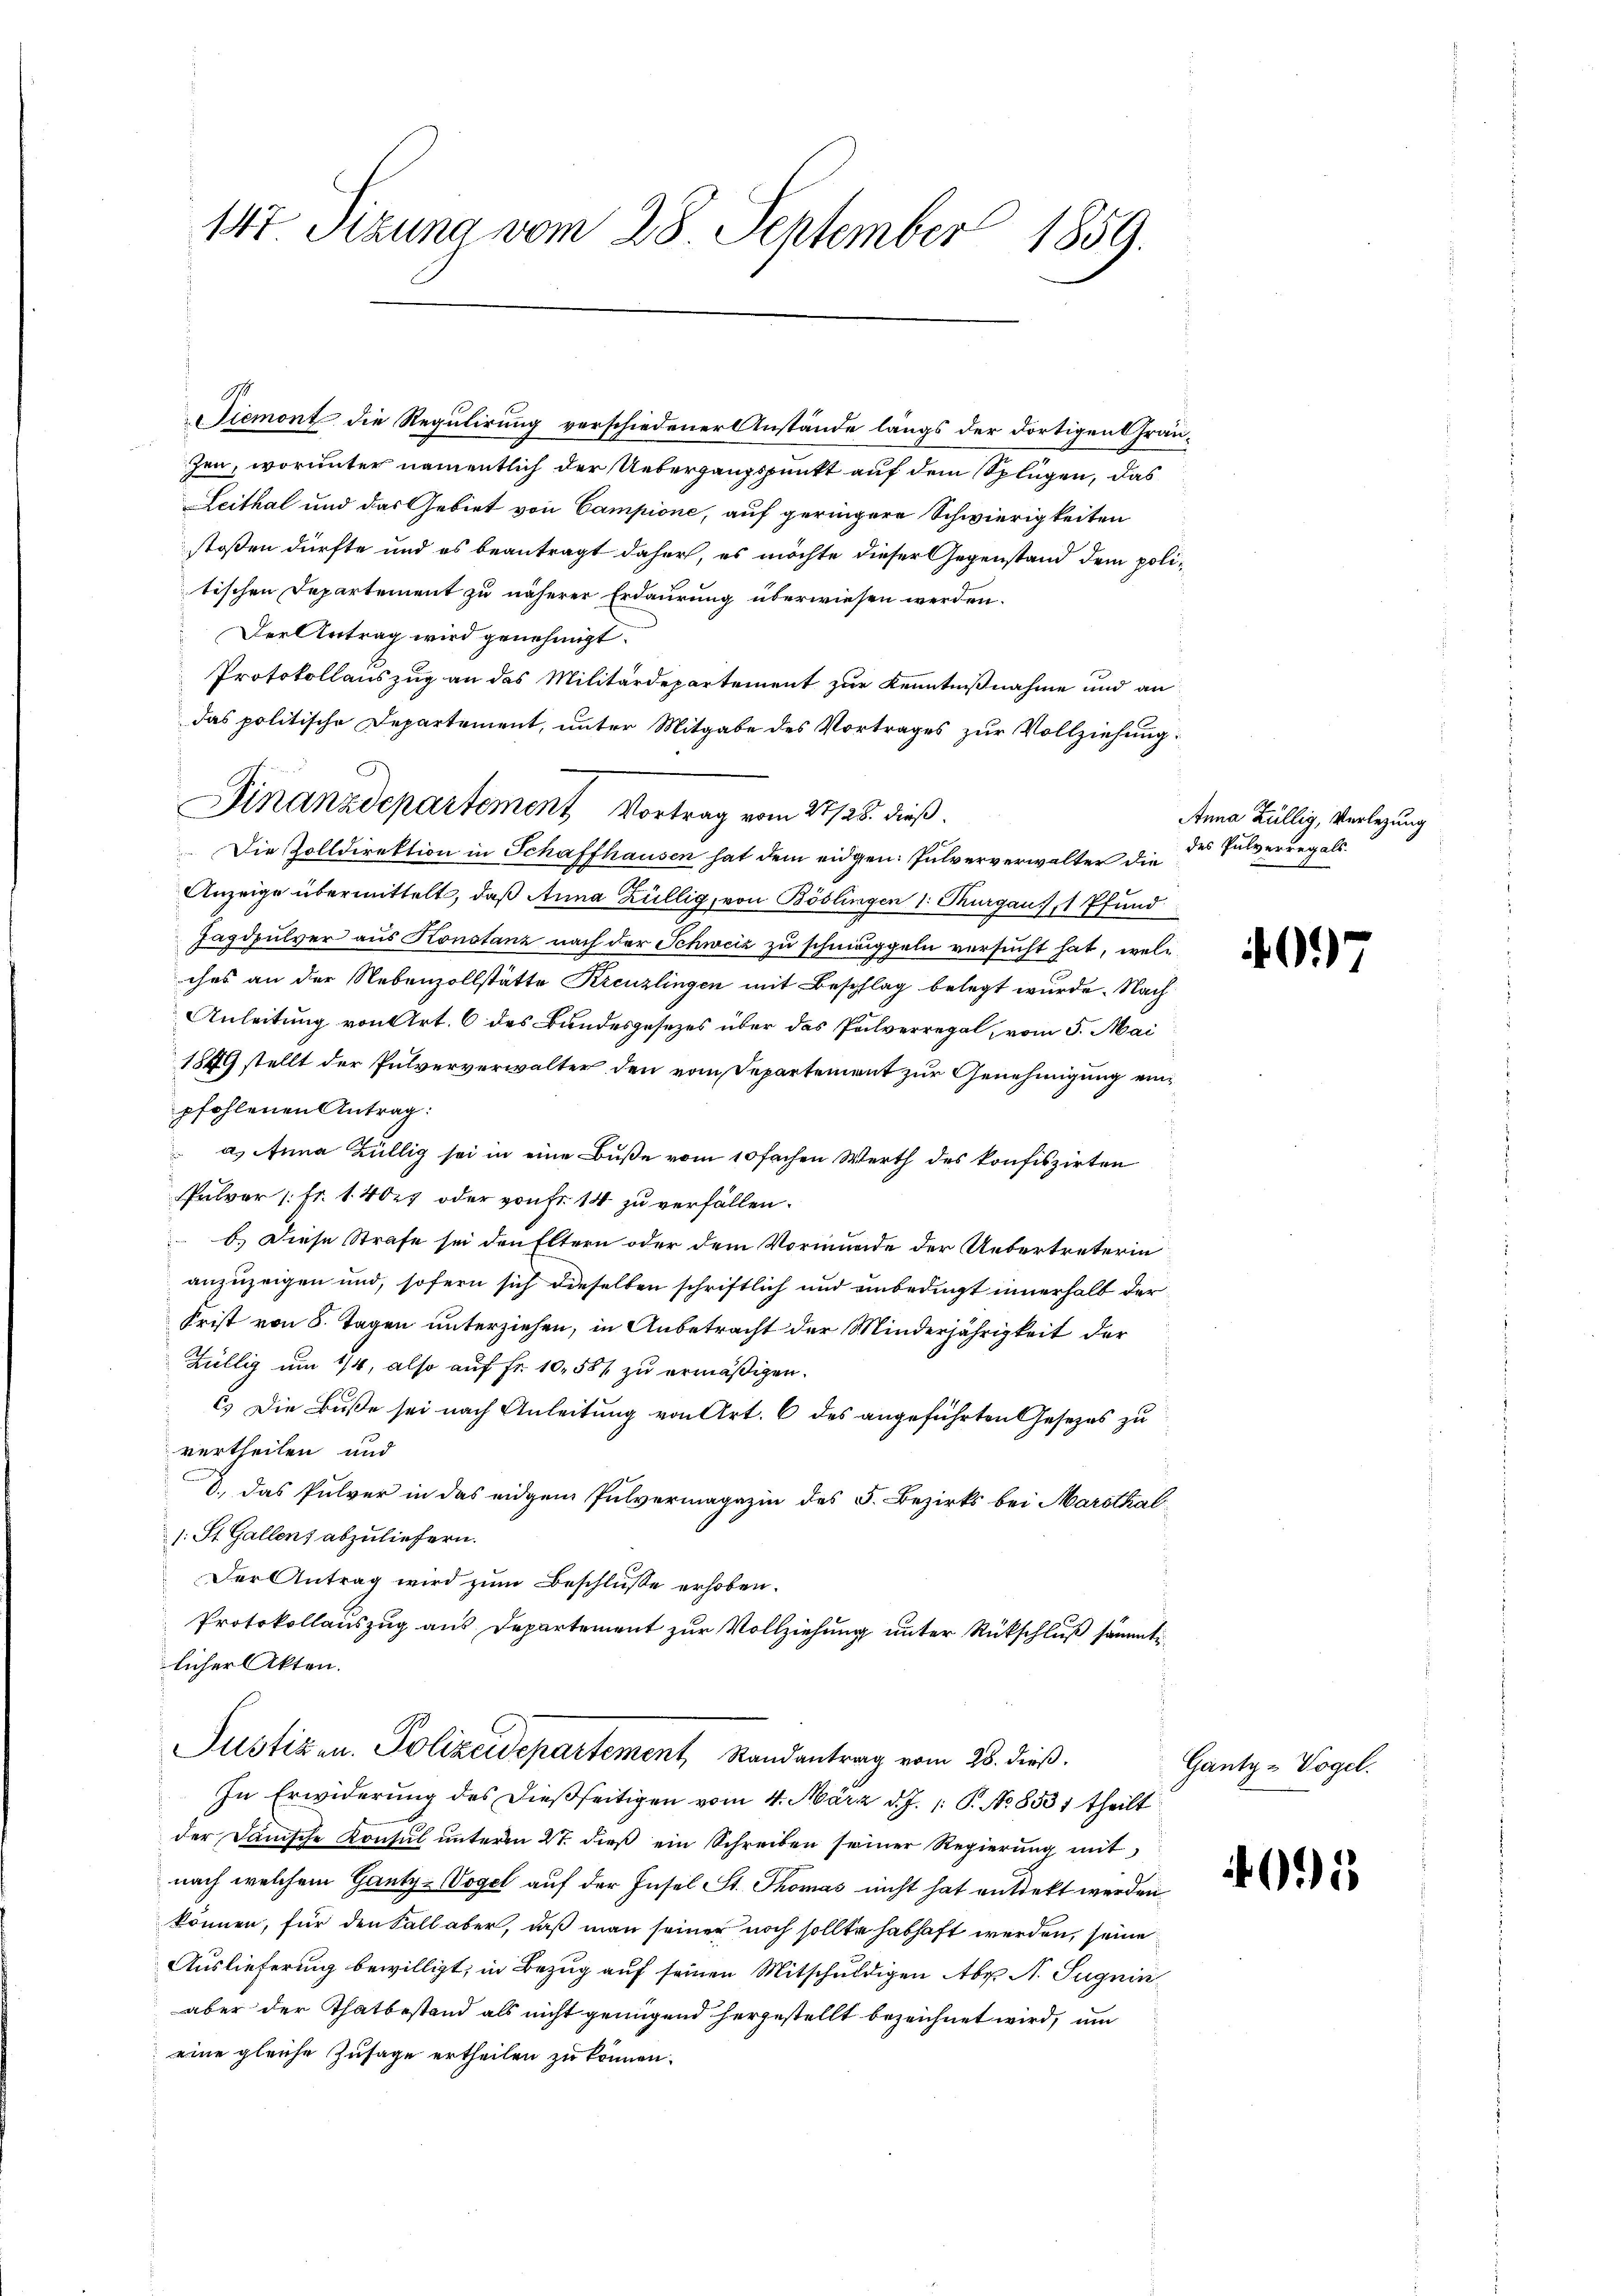
147. Sizung vom 28. September 1859.

Siemont die Regulirung verschiedener Anstände längs der dortigen Gränhen, worunter namentlich der Uebergangspunkt auf dem Splügen, das
Leithal und das Gebiet von Campione, auf geringere Schwierigkeiten
stoßen dürfte und es beantragt daher, es möchte dieser Gegenstand dem politischen Departement zu näherer Erdaurung überwiesen werden.
Der Antrag wird genehmigt.
Protokollauszug an das Militärdepartement zur Kenntnißnahme und an
das politische Departement, unter Mitgabe des Vortrages zur Vollziehung:
Finanzdepartement Vortrag vom 27/26. dieß
Die Zolldirektion in Schaffhausen hat dem eidgen: Pulververwalter die
Anzeige übermittelt, daß Anna Zillig, von Böslingen 1. Thurgau, 1 Pfund
Jagdpulver aus Konstanz nach der Schweiz zu schmäppeln versucht hat, welches an der Nebenzollstätte Kreuzlingen mit Beschlag belegt wurde. Nach
Anleitung von Art. 6 des Bundesgesezes über das Pulverregal, vom 5. Mai
1849 stellt der Pulververwalter den vom Departement zur Genehmigung einpfohlenen Antrag:
a. Anna Züllig sei in eine Buße vom 10 fachen Werth des konfiszirten
Pulver 1 Fr. 14027 oder von Fr. 14 zu verfällen.
 b.) Diese Strafe sei den Eltern oder dem Vormunde der Uebertreterin
anzuzeigen und, sofern sich dieselben schriftlich und unbedingt innerhalb der
Frist von 8. Tagen unterziehen, in Anbetracht der Minderjährigkeit der
Züllig um 1/4, also auf Fr. 10,50% zu ermäßigen.
c) Die Buße sei nach Anleitung von Art. 6 des angeführten Gesezes zu
vertheilen und
D. Das Pulver in das eidgen Pulvermagazin des 5. Bezirks bei Marsthal
s: St. Gallen, abzuliefern.
Der Antrag wird zum Beschluße erhoben.
Protokollauszug aus Departement zur Vollziehung unter Rückschluß sämmt
licher Akten.
Justizen. Polizeidepartement, Randantrag vom 28. dieß.
In Erwiderung des dießseitigen vom 4. März d. J. 1: P. No 8531 theilt
der Dänische Konsul unterm 27. dieß ein Schreiben seiner Regierung mit
nach welchem Gantz-Vogel auf der Insel St. Thomas nicht hat entdekt werden
können, für den Fall aber, daß man seiner noch sollte habhaft werden, seine
Auslieferung bewilligt, in Bezug auf seinen Mitschuldigen Aber A. Sugnin
aber der Thatbestand als nicht genügend hergestellt bezeichnet wird, um
eine gleiche Zusage ertheilen zu können.

7.

Anna Züllig, Verlegung
des Pulverregals.

40

Gantz -Vogel.

4095